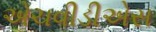
એચવીડીએસ